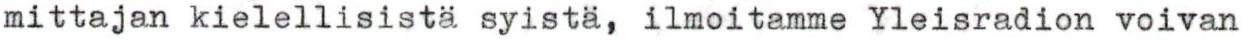
mittajan kielellisistä syistä, ilmoitamme Yleisradion voivan